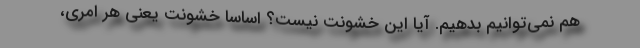
هم نمي‌توانيم بدهيم. آيا اين خشونت نيست؟ اساسا خشونت يعني هر امري،